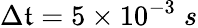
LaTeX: \Delta\mathfrak{t}=5\times10^{-3}\; s